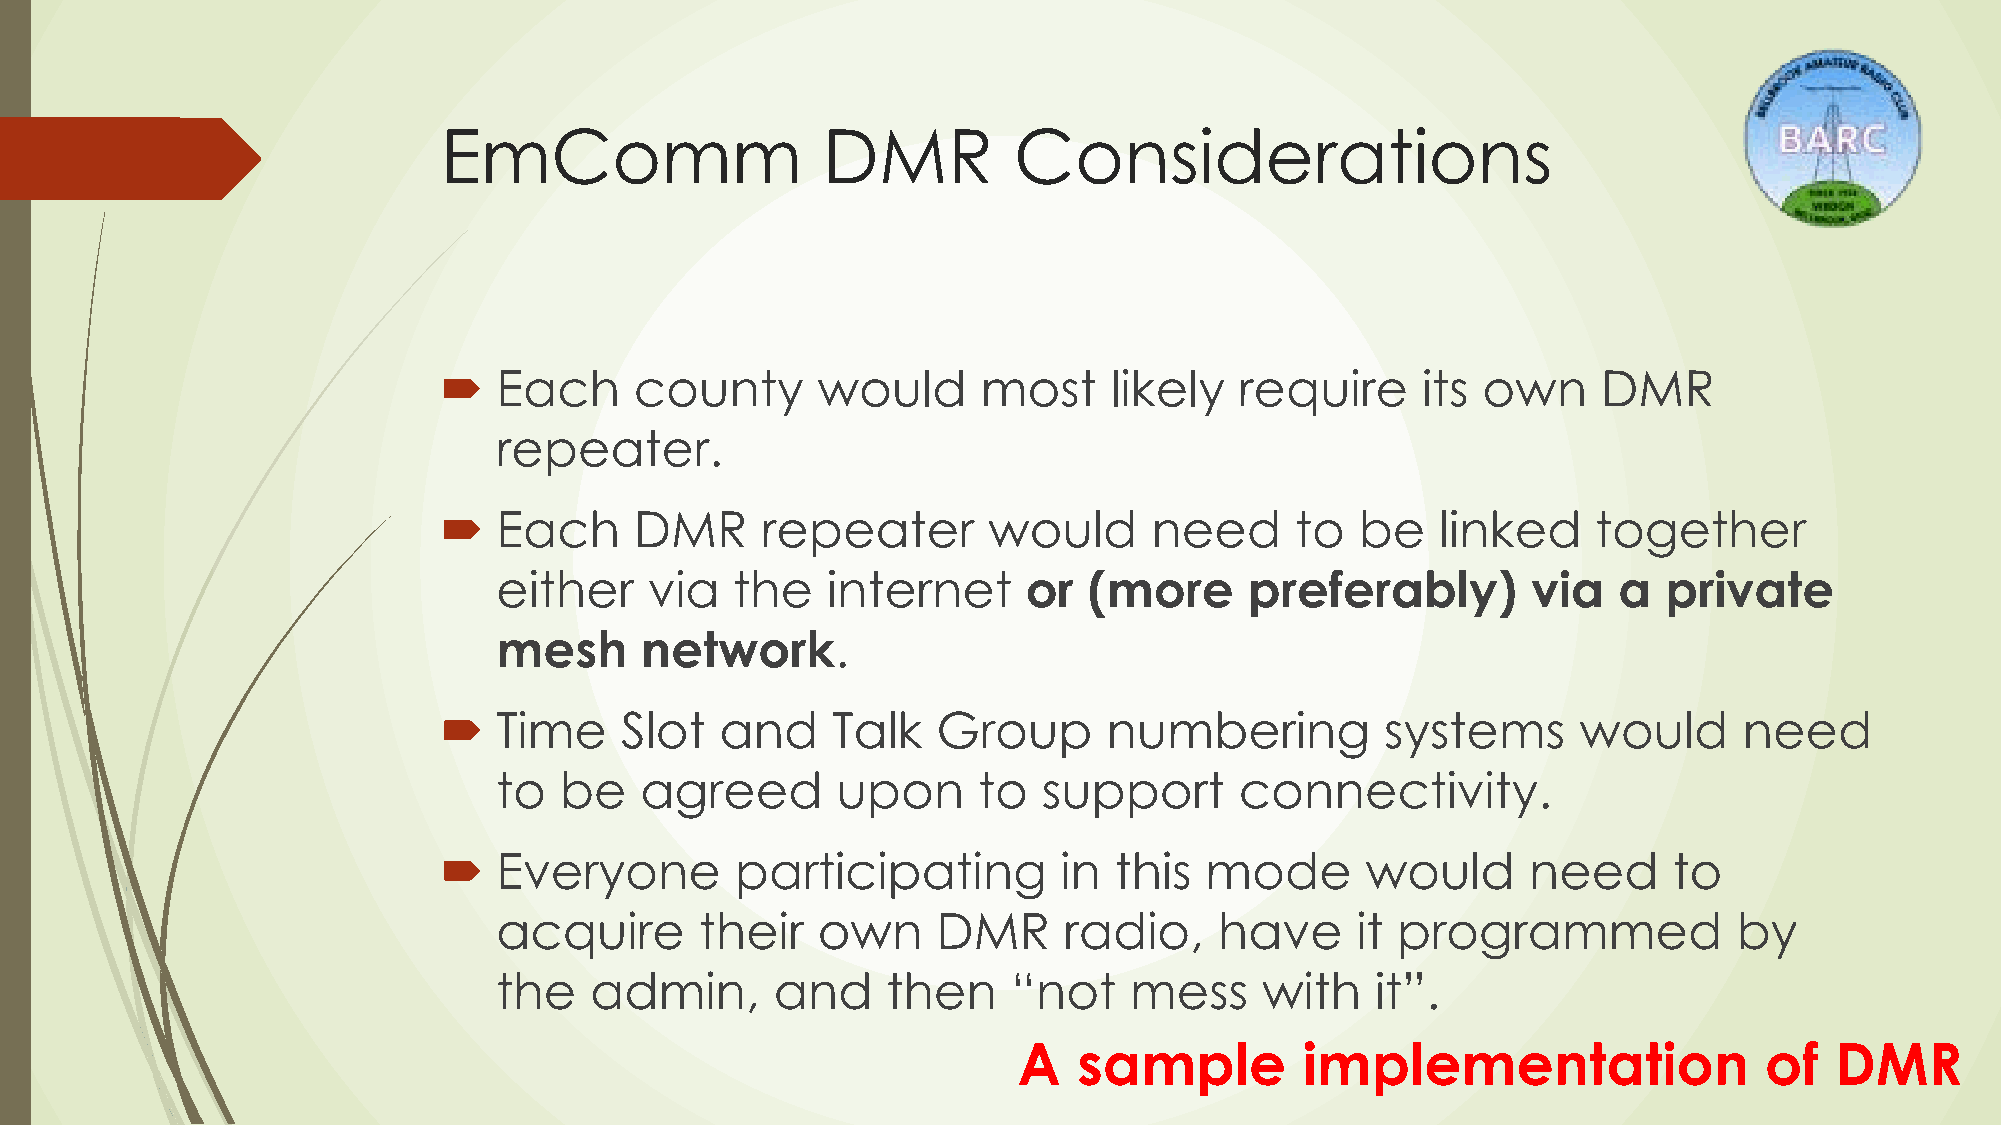
EmComm                   DMR          Considerations
    Each     county      would      most    likely   require     its own     DMR
 repeater.
    Each     DMR     repeater       would      need      to  be   linked     together
 either    via   the   internet     or  (more      preferably)       via   a  private
 mesh     network.
    Time    Slot   and    Talk   Group      numbering          systems      would     need
 to  be   agreed       upon      to  support      connectivity.
    Everyone        participating        in  this  mode      would      need      to
 acquire      their   own     DMR     radio,     have     it programmed            by
 the   admin,      and     then    “not    mess     with   it”.
 A   sample         implementation                 of  DMR